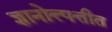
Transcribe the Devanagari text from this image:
ज्ञानोत्त्पत्तीत